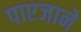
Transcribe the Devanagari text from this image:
पाएजाने